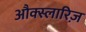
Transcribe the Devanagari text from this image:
औक्स्लारिज़